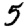
Digit: 5